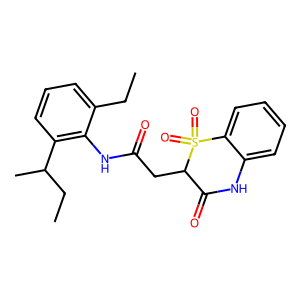
SMILES: CCc1cccc(C(C)CC)c1NC(=O)CC1C(=O)Nc2ccccc2S1(=O)=O
Inhibits HIV replication: No